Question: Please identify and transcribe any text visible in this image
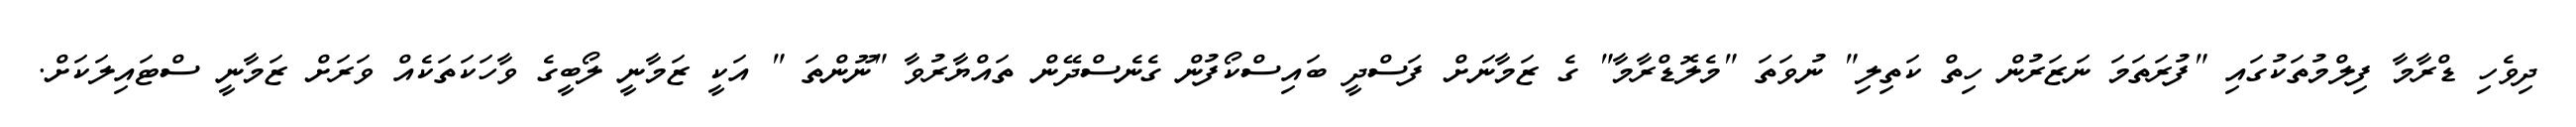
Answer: ދިވެހި ޑްރާމާ ފިލްމުތަކުގައި "ފުރަތަމަ ނަޒަރުން ހިތް ކަތިލި" ނުވަތަ "މެލޮޑްރާމާ" ގެ ޒަމާނަށް ފަސްދީ ބައިސްކޯފުން ގެނެސްދޭން ތައްޔާރުވާ "ނޫންތަ " އަކީ ޒަމާނީ ލޯބީގެ ވާހަކަތަކެއް ވަރަށް ޒަމާނީ ސްޓައިލަކަށް.